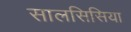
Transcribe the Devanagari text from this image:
सालसिसिया